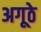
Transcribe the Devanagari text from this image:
अगूठे